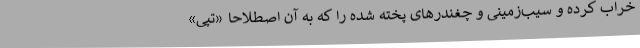
خراب کرده و سیب‌زمینی و چغندرهای پخته شده را که به آن اصطلاحا «تپَی»